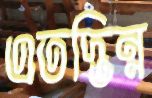
এতদ্ভিন্ন